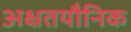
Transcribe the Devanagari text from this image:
अक्षतयौनिक